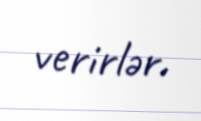
verirlər.